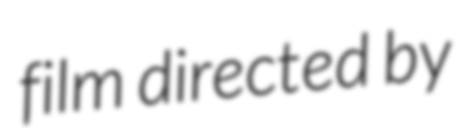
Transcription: film directed by